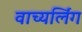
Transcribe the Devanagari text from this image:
वाच्यर्लिंग